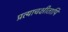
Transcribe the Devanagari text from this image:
प्रत्याचक्षीतापि